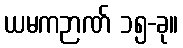
ယမကဉာဏ် ၁၅-ခု။